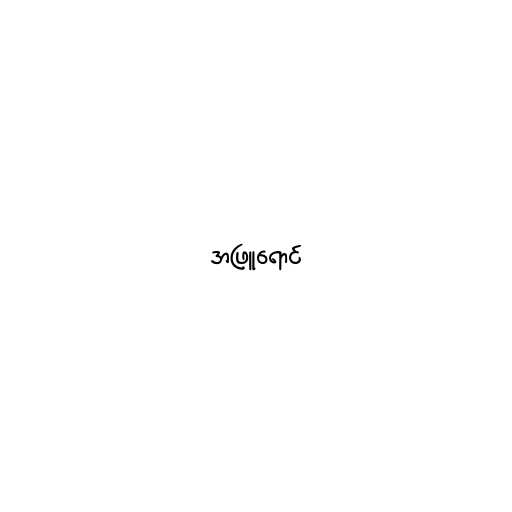
အဖြူရောင်